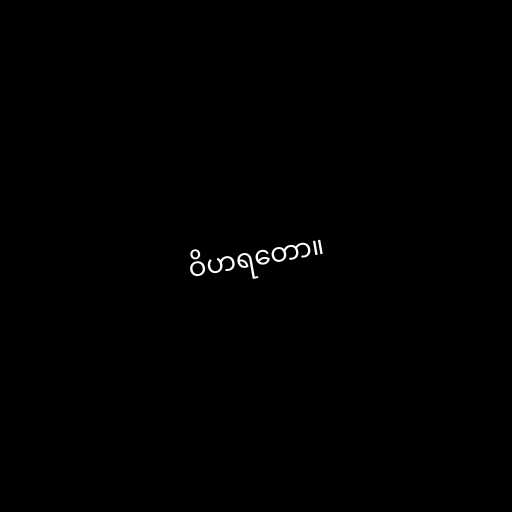
ဝိဟရတော။